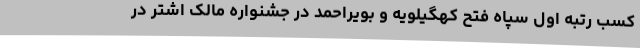
کسب رتبه اول سپاه فتح کهگیلویه و بویراحمد در جشنواره مالک اشتر در